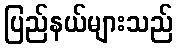
ပြည်နယ်များသည်